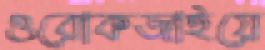
ওরোকজাইয়ে